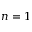
n = 1